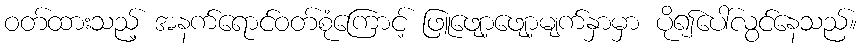
ဝတ်ထားသည့် အနက်ရောင်ဝတ်စုံကြောင့် ဖြူဖျော့ဖျော့မျက်နှာမှာ ပို၍ပေါ်လွင်နေသည်။